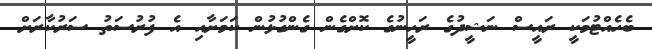
ބެހެއްޓުމަކީ ރައީސް ނަޝީދުގެ ރަހީނުގެ ކޮށްގެން ގެންގުޅުން ކަމަށާއި އެ ފުރުސަތު ސަރުކާރަށް